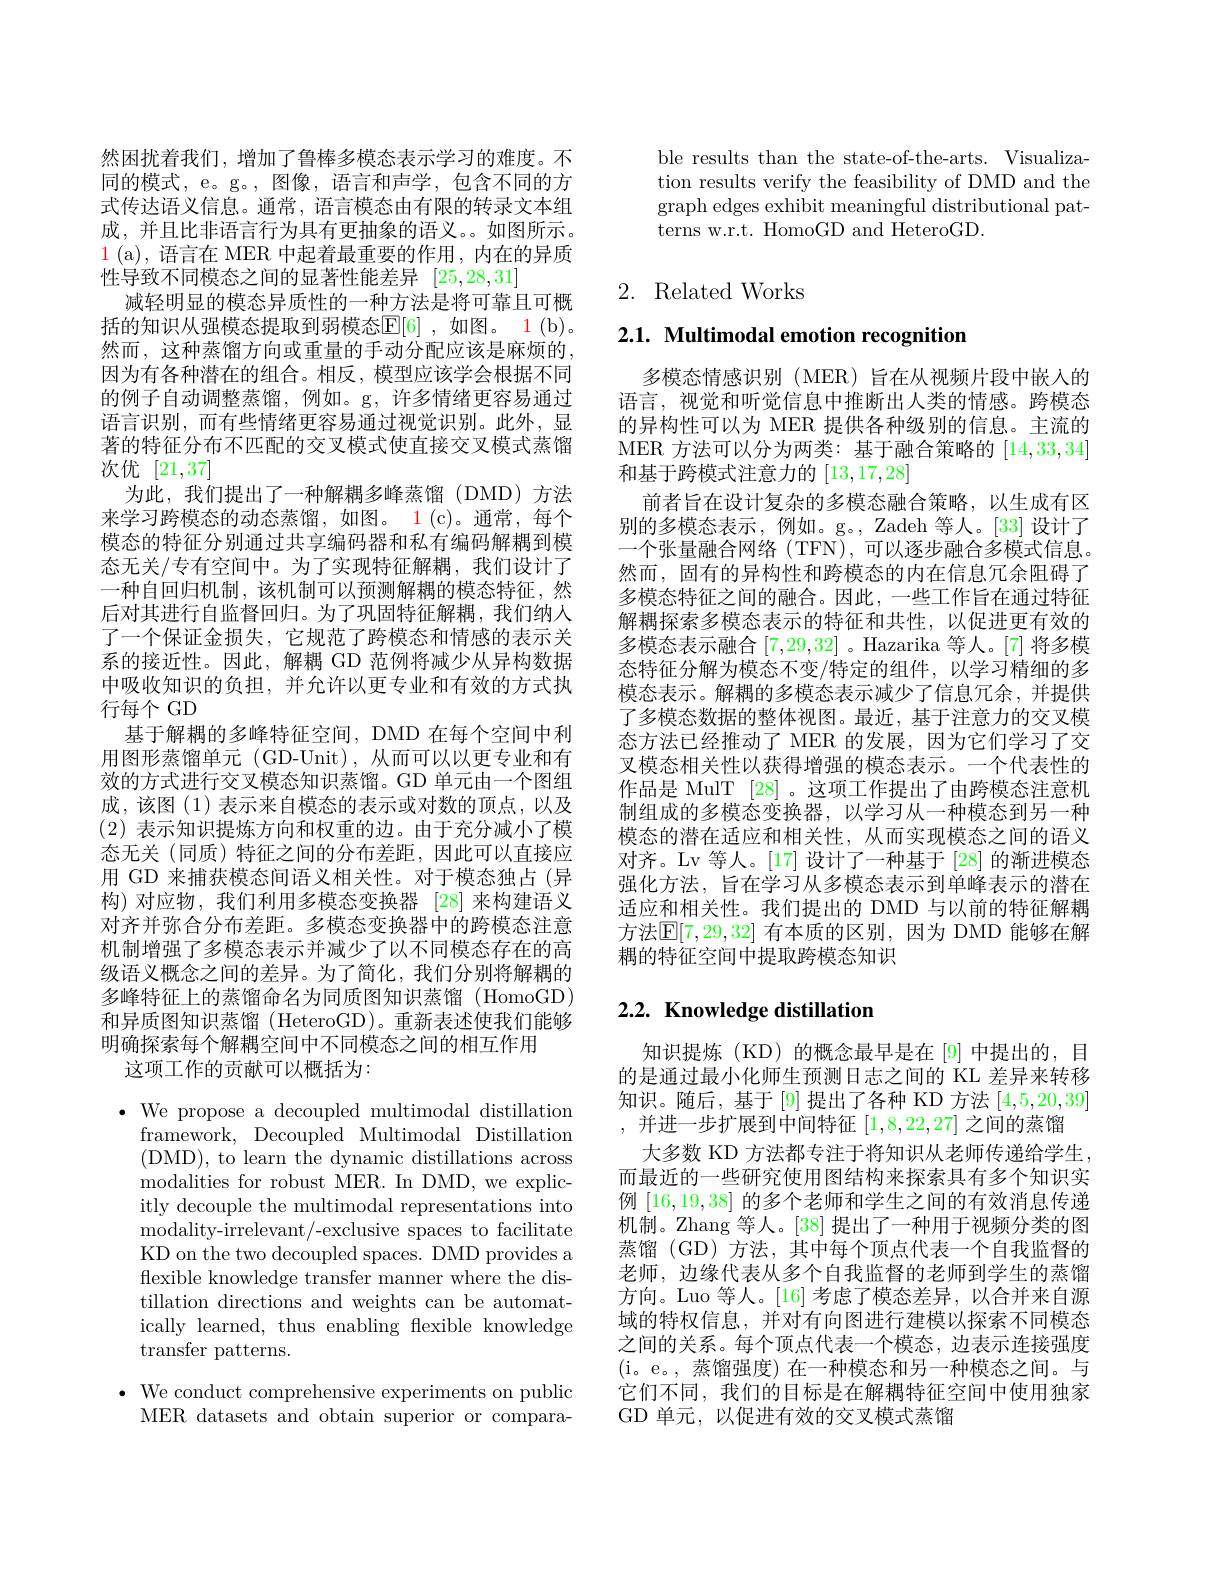
然困扰着我们，增加了鲁棒多模态表示学习的难度。不同的模式，e。g。, 图像，语言和声学，包含不同的方式传达语义信息。通常，语言模态由有限的转录文本组成，并且比非语言行为具有更抽象的语义。如图所示。1 ( a) , 语言在 MER 中起着最重要的作用，内在的异质性导致不同模态之间的显著性能差异[25,28,31]
减轻明显的模态异质性的一种方法是将可靠且可概括的知识从强模态提取到弱模态$\mathbb{E}[6]$ ,如图。1(b)。然而，这种蒸馏方向或重量的手动分配应该是麻烦的， 因为有各种潜在的组合。相反，模型应该学会根据不同的例子自动调整蒸馏，例如。g,许多情绪更容易通过语言识别，而有些情绪更容易通过视觉识别。此外，显著的特征分布不匹配的交叉模式使直接交叉模式蒸馏次优[21,37]
为此，我们提出了一种解耦多峰蒸馏(DMD)方法来学习跨模态的动态蒸馏，如图。1(c)。通常，每个模态的特征分别通过共享编码器和私有编码解耦到模态无关/专有空间中。为了实现特征解耦，我们设计了一种自回归机制，该机制可以预测解耦的模态特征，然后对其进行自监督回归。为了巩固特征解耦，我们纳人了一个保证金损失，它规范了跨模态和情感的表示关系的接近性。因此，解耦 GD 范例将减少从异构数据中吸收知识的负担，并允许以更专业和有效的方式执行每个 GD
基于解耦的多峰特征空间，DMD 在每个空间中利用图形蒸馏单元 (GD-Unit), 从而可以以更专业和有效的方式进行交叉模态知识蒸馏。GD 单元由一个图组成，该图(1)表示来自模态的表示或对数的顶点，以及(2)表示知识提炼方向和权重的边。由于充分减小了模态无关(同质)特征之间的分布差距，因此可以直接应用 GD 来捕获模态间语义相关性。对于模态独占(异构)对应物，我们利用多模态变换器 [28]来构建语义对齐并弥合分布差距。多模态变换器中的跨模态注意机制增强了多模态表示并减少了以不同模态存在的高级语义概念之间的差异。为了简化，我们分别将解耦的多峰特征上的蒸馏命名为同质图知识蒸馏(HomoGD) 和异质图知识蒸馏 (HeteroGD)。重新表述使我们能够明确探索每个解耦空间中不同模态之间的相互作用
这项工作的贡献可以概括为：

$\bullet$ We propose a decoupled multimodal distillation
framework, Decoupled Multimodal Distillation (DMD), to learn the dynamic distillations across modalities for robust MER. In DMD, we explicitly decouple the multimodal representations into modality- irrelevant/ - exclusive spaces to facilitate KD on the two decoupled spaces. DMD provides a flexible knowledge transfer manner where the distillation directions and weights can be automatically learned, thus enabling flexible knowledge transfer patterns.

$\bullet$ We conduct comprehensive experiments on public
MER datasets and obtain superior or compara-

ble results than the state-of-the-arts. Visualization results verify the feasibility of DMD and the graph edges exhibit meaningful distributional patterns w.r.t. HomoGD and HeteroGD.

## 2. Related Works

# 2.1. Multimodal emotion recognition

多模态情感识别 (MER) 旨在从视频片段中嵌入的语言，视觉和听觉信息中推断出人类的情感。跨模态的异构性可以为 MER 提供各种级别的信息。主流的MER 方法可以分为两类：基于融合策略的[14,33,34] 和基于跨模式注意力的[13,17,28]
前者旨在设计复杂的多模态融合策略，以生成有区别的多模态表示，例如。g。, Zadeh 等人。[33] 设计了一个张量融合网络 (TFN), 可以逐步融合多模式信息。然而，固有的异构性和跨模态的内在信息冗余阻碍了多模态特征之间的融合。因此，一些工作旨在通过特征解耦探索多模态表示的特征和共性，以促进更有效的多模态表示融合[7,29,32] 。Hazarika 等人。[7] 将多模态特征分解为模态不变/特定的组件，以学习精细的多模态表示。解耦的多模态表示减少了信息冗余，并提供了多模态数据的整体视图。最近，基于注意力的交叉模态方法已经推动了 MER 的发展，因为它们学习了交叉模态相关性以获得增强的模态表示。一个代表性的作品是 MulT [28] 。这项工作提出了由跨模态注意机制组成的多模态变换器，以学习从一种模态到另一种模态的潜在适应和相关性，从而实现模态之间的语义对齐。Lv 等人。[17] 设计了一种基于 [28] 的渐进模态强化方法，旨在学习从多模态表示到单峰表示的潜在适应和相关性。我们提出的 DMD 与以前的特征解耦方法$\mathbb{E}[7,29,32]$ 有本质的区别，因为 DMD 能够在解耦的特征空间中提取跨模态知识

## 2.2. Knowledge distillation

知识提炼(KD)的概念最早是在[9]中提出的，目的是通过最小化师生预测日志之间的 KL 差异来转移知识。随后，基于[9]提出了各种 KD 方法[4,5,20,39] ,并进一步扩展到中间特征[1,8,22,27]之间的蒸馏
大多数 KD 方法都专注于将知识从老师传递给学生， 而最近的一些研究使用图结构来探索具有多个知识实例[16,19,38]的多个老师和学生之间的有效消息传递机制。Zhang 等人。[38] 提出了一种用于视频分类的图蒸馏(GD)方法，其中每个顶点代表一个自我监督的老师，边缘代表从多个自我监督的老师到学生的蒸馏方向。Luo 等人。[16]考虑了模态差异，以合并来自源域的特权信息，并对有向图进行建模以探索不同模态之间的关系。每个顶点代表一个模态，边表示连接强度(i。e。,蒸馏强度) 在一种模态和另一种模态之间。与它们不同，我们的目标是在解耦特征空间中使用独家GD 单元，以促进有效的交叉模式蒸馏